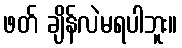
ဖတ် ချိန်လဲမရပါဘူး။